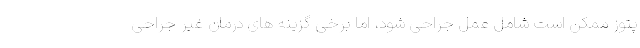
پتوز ممکن است شامل عمل جراحی شود، اما برخی گزینه های درمان غیر جراحی